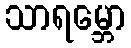
သာရမ္ဘော